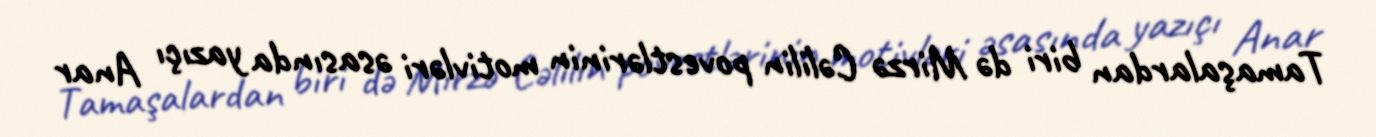
Tamaşalardan biri də Mirzə Cəlilin povestlərinin motivləri əsasında yazıçı Anar